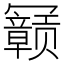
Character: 𫤽